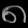
Digit: ၈